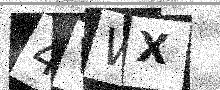
Text: 4VWX